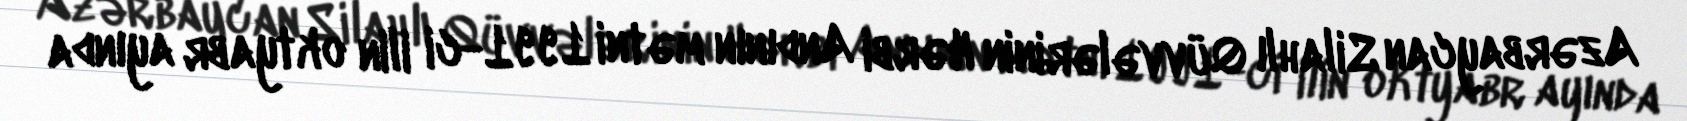
Azərbaycan Silahlı Qüvvələrinin Hərbi Andının mətni 1991-ci ilin oktyabr ayında